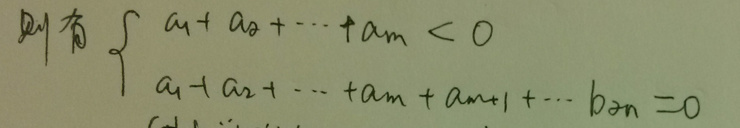
\[
\begin{cases}
a_1 + a_2 + \cdots + a_m < 0 \\
a_1 + a_2 + \cdots + a_m + a_{m + 1} + \cdots + b_n = 0
\end{cases}
\]